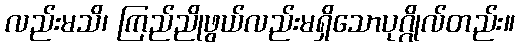
လည်းမသိ၊ ကြည်ညိုဖွယ်လည်းမရှိသောပုဂ္ဂိုလ်တည်း။